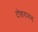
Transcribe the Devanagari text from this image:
टोडरानन्द